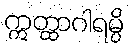
ဣတ္ထာဂါရမ္ပိ